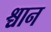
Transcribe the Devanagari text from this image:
श्चान